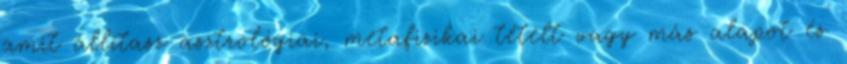
amit állítasz asztrológiai, metafizikai tételt vagy más alapot és